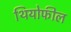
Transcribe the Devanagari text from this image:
थियोफील